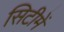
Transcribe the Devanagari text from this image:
सिटीमें